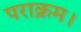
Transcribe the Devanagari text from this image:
पराक्रम।